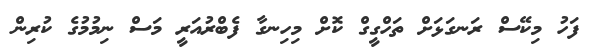
ފަހު މިކޭސް ރަނގަޅަށް ތަހްގީގް ކޮށް މިހިނގާ ފެބްރުއަރީ މަސް ނިމުމުގެ ކުރިން